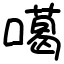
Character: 噶